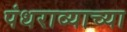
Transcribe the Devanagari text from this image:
पंधराव्याच्या